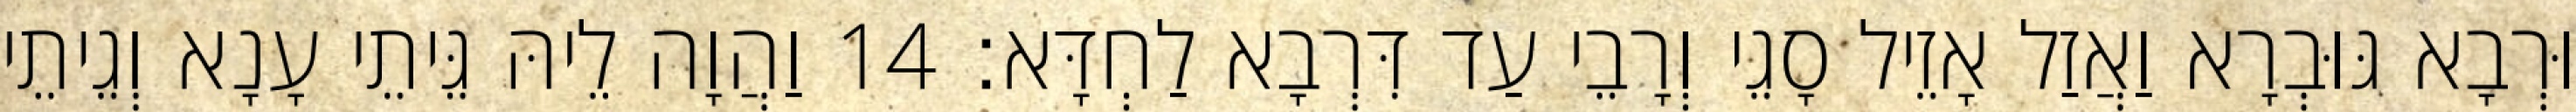
וּרְבָא גּוּבְרָא וַאֲזַל אָזֵיל סָגֵי וְרָבֵי עַד דִּרְבָא לַחְדָּא׃ 14 וַהֲוָה לֵיהּ גֵּיתֵי עָנָא וְגֵיתֵי